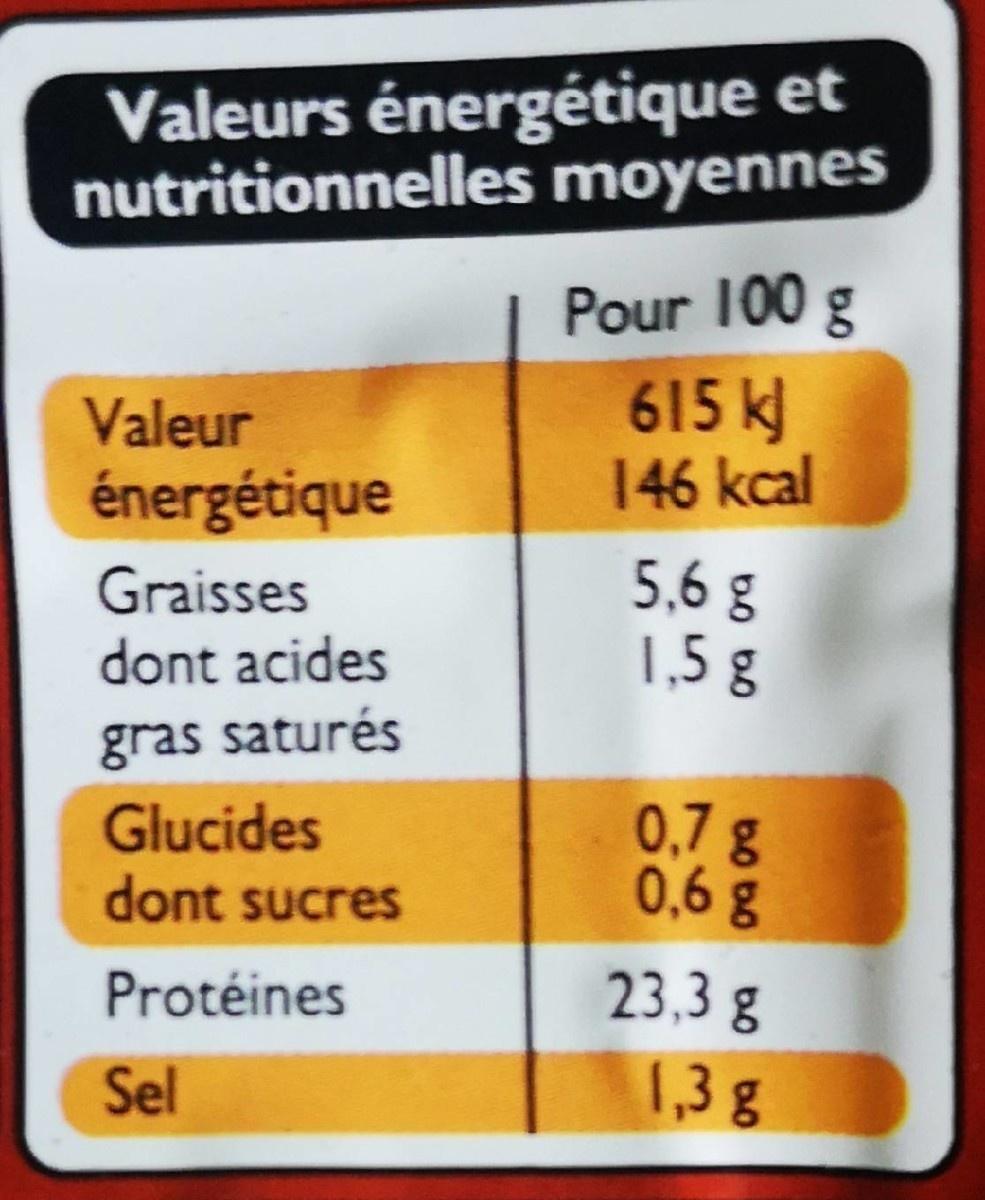
Valeurs énergétique et nutritionnelles moyennes
Pour 100 g 615 k] 146 kcal
Valeur
énergétique
Graisses dont acides
5,6 g 1,5 g
gras saturés
Glucides dont sucres
0,7g 0,6g
Protéines
23,3 g
Sel
1,3g